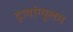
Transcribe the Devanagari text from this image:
ट्रायांग्युलम